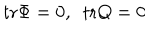
\mathrm { t r } \Phi = 0 , \ \ \mathrm { t r } Q = 0 \label n